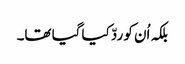
بلکہ اُن کو ردّ کیا گیا تھا۔